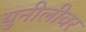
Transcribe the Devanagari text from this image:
युनीलीवर